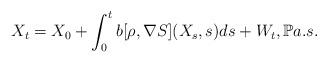
LaTeX: \begin{align*}X_t = X_0 + \int_0^t b[\rho,\nabla S] (X_s, s) ds + W_t , \mathbb P a.s.\end{align*}